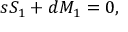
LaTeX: s { \cal S } _ { 1 } + d { \cal M } _ { 1 } = 0 ,